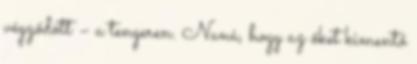
végződött – a tengeren. Naná, hogy az őket kimentő